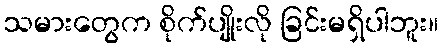
သမားတွေက စိုက်ပျိုးလို ခြင်းမရှိပါဘူး။